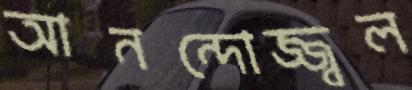
আনন্দোজ্জ্বল